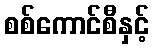
စစ်ကောင်စီနှင့်